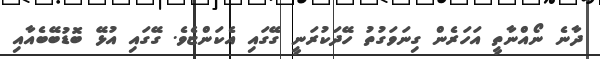
ދާނެ ނޯއްނާތީ އަހަރެން ގިނަވަގުތު ހޭދަކުރަނީ ގޭގައި އެކަންޏެވެ. ގޭގައި އުޅޭ ބޮޑުބޭބެއާއި